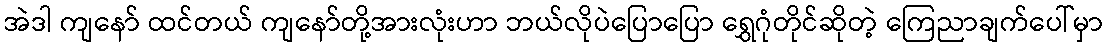
အဲဒါ ကျနော် ထင်တယ် ကျနော်တို့အားလုံးဟာ ဘယ်လိုပဲပြောပြော ရွှေဂုံတိုင်ဆိုတဲ့ ကြေညာချက်ပေါ်မှာ